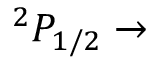
^ 2 P _ { 1 / 2 } \rightarrow